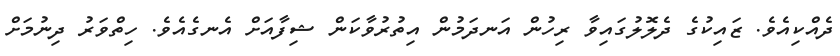
ދެއްކިއެވެ. ޒައިކުގެ ދެލޮލުގައިވާ ރިހުން އަނދަމުން އިތުރުވާކަން ޝިފާއަށް އެނގެއެވެ. ހިތްވަރު ދިނުމަށް